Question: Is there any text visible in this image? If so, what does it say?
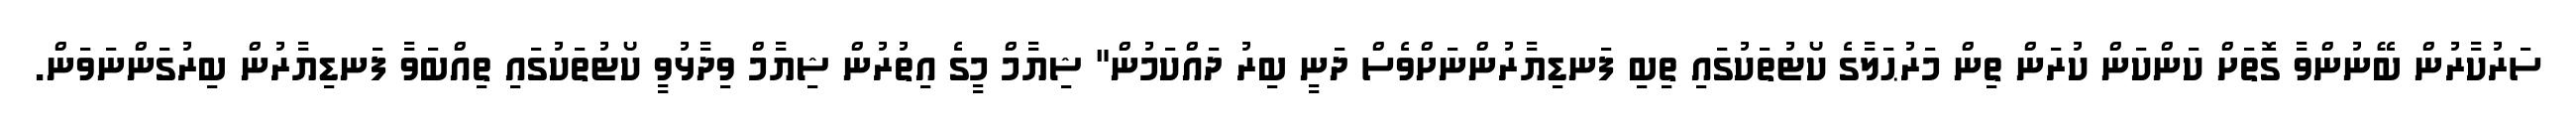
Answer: ސަރުކާރުން ބޭނުންވާ ގޮތަށް ކަންކަން ކުރަން ތިން މަރުޙަލާގެ ކޯޓުތަކުގައި ތިބި ފަނޑިޔާރުންނަށްވެސް ދަނީ ބިރު ދައްކަމުން" ޝިޔާމް މީގެ އިތުރުން ޝިޔާމް ވިދާޅުވީ ކޯޓުތަކުގައި ތިއްބަވާ ފަނޑިޔާރުން ބިރުގަންނަވަން.